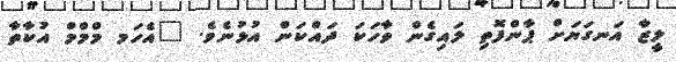
ލީޒާ އަނގަޔަށް ޕާންފޮތި ލައިގެން ވާހަކަ ދައްކަން އުޅުނެވެ. "އެހަމ މްމްމް އުކާތާ